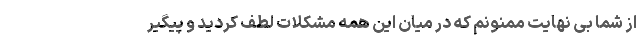
از شما بی نهایت ممنونم که در میان این همه مشکلات لطف کردید و پیگیر